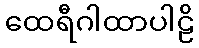
ထေရီဂါထာပါဠိ